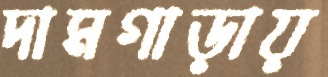
দামগাড়ায়